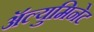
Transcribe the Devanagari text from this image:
ॲल्युमिनेट